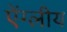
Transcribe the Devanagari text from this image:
ऐंग्लीय